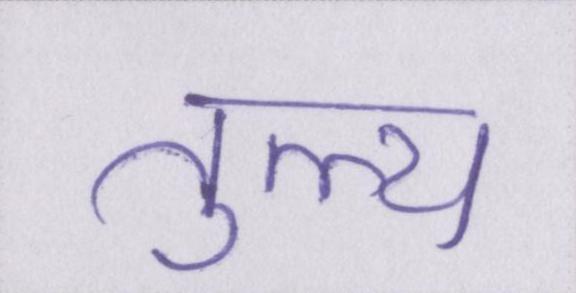
तुल्य